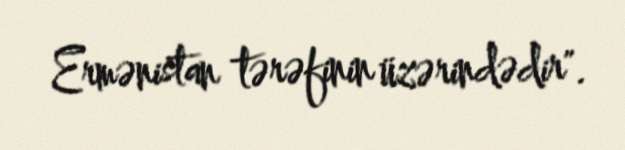
Ermənistan tərəfinin üzərindədir".